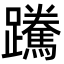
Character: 䠮